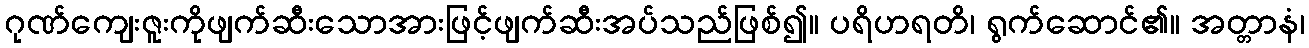
ဂုဏ်ကျေးဇူးကိုဖျက်ဆီးသောအားဖြင့်ဖျက်ဆီးအပ်သည်ဖြစ်၍။ ပရိဟရတိ၊ ရွက်ဆောင်၏။ အတ္တာနံ၊